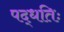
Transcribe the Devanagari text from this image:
पद्धतिः